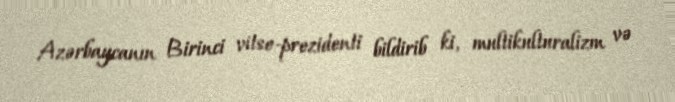
Azərbaycanın Birinci vitse-prezidenti bildirib ki, multikulturalizm və